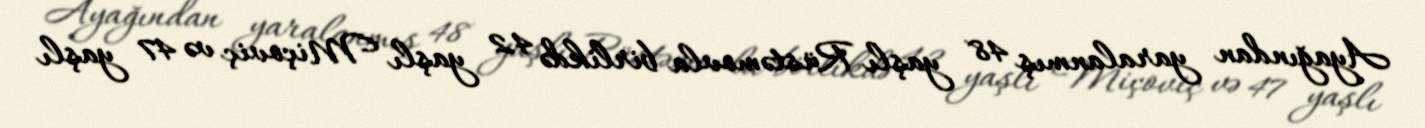
Ayağından yaralanmış 48 yaşlı Rüstəmovla birlikdə 42 yaşlı Miçoviç və 47 yaşlı